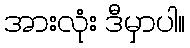
အားလုံး ဒီမှာပါ။